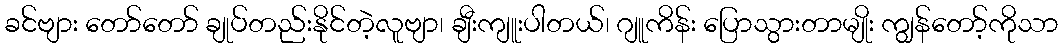
ခင်ဗျား တော်တော် ချုပ်တည်းနိုင်တဲ့လူဗျာ၊ ချီးကျူးပါတယ်၊ ဂျူကိန်း ပြောသွားတာမျိုး ကျွန်တော့်ကိုသာ